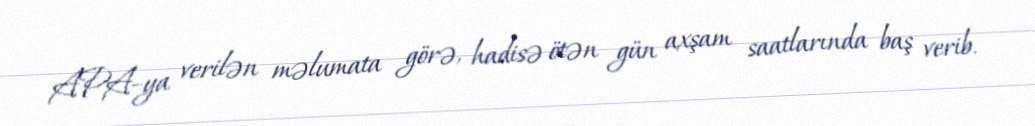
APA–ya verilən məlumata görə, hadisə ötən gün axşam saatlarında baş verib.